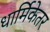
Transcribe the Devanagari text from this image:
धार्मिकेतर